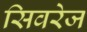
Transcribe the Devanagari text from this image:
सिवरेज